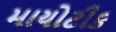
માયોટીક